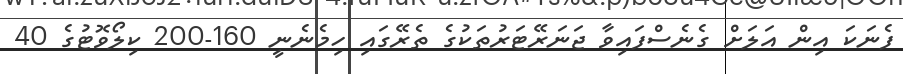
ފެނަކަ އިން އަލަށް ގެނެސްފައިވާ ޖަނަރޭޓަރުތަކުގެ ތެރޭގައި ހިމެނެނީ 160-200 ކިލޯވޮޓުގެ 40